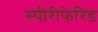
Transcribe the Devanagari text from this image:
स्पीरीफेरिड